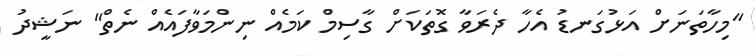
"މިހާތަނަށް އަޅުގަނޑު އެހާ ދެރަވާ ގޮތަކަށް ގާސިމް ކަމެއް ނިންމަވާފައެއް ނެތް" ނަޝީދު